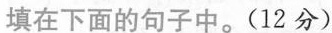
填在下面的句子中。(12分)